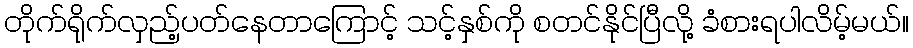
တိုက်ရိုက်လှည့်ပတ်နေတာကြောင့် သင့်နှစ်ကို စတင်နိုင်ပြီလို့ ခံစားရပါလိမ့်မယ်။